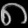
Digit: ၈